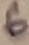
Text: 6